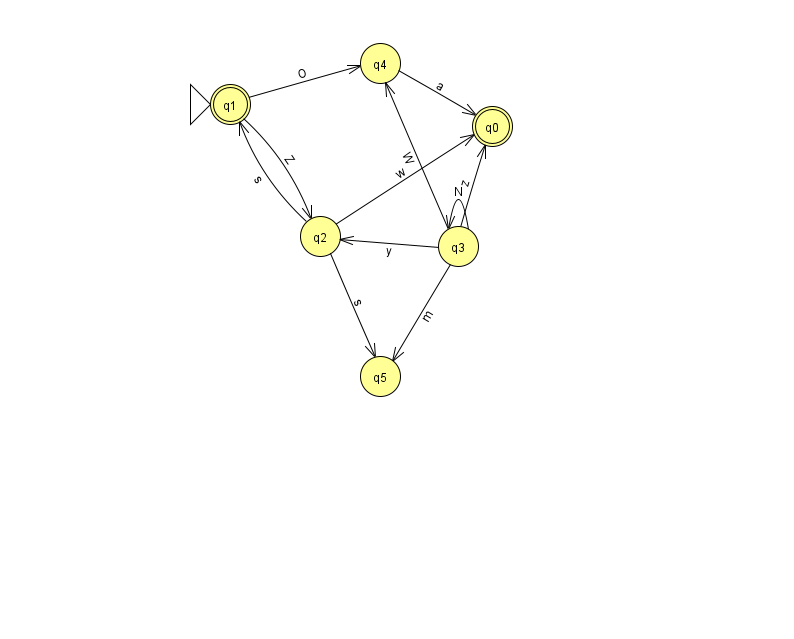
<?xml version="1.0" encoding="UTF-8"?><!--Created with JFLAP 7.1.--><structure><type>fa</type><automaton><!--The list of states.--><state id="0" name="q0"><x>492.0</x><y>113.0</y><final/></state><state id="1" name="q1"><x>230.0</x><y>91.0</y><initial/><final/></state><state id="2" name="q2"><x>320.0</x><y>223.0</y></state><state id="3" name="q3"><x>458.0</x><y>233.0</y></state><state id="4" name="q4"><x>380.0</x><y>50.0</y></state><state id="5" name="q5"><x>380.0</x><y>363.0</y></state><!--The list of transitions.--><transition><from>3</from><to>0</to><read>z</read></transition><transition><from>2</from><to>0</to><read>w</read></transition><transition><from>4</from><to>0</to><read>a</read></transition><transition><from>2</from><to>1</to><read>s</read></transition><transition><from>2</from><to>5</to><read>s</read></transition><transition><from>3</from><to>2</to><read>y</read></transition><transition><from>3</from><to>5</to><read>m</read></transition><transition><from>3</from><to>4</to><read>W</read></transition><transition><from>1</from><to>4</to><read>O</read></transition><transition><from>3</from><to>3</to><read>N</read></transition><transition><from>1</from><to>2</to><read>Z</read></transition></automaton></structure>